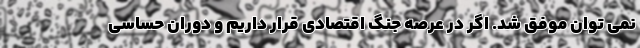
نمی توان موفق شد. اگر در عرصه جنگ اقتصادی قرار داریم و دوران حساسی